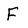
Character: F